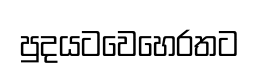
පුදයටවෙහෙරතට